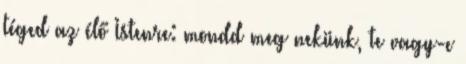
téged az élő Istenre: mondd meg nekünk, te vagy-e